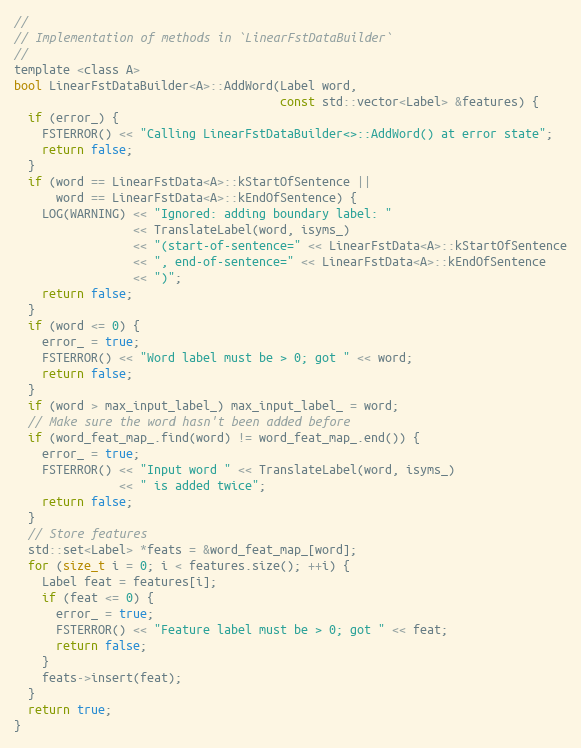
Language: C
//
// Implementation of methods in `LinearFstDataBuilder`
//
template <class A>
bool LinearFstDataBuilder<A>::AddWord(Label word,
                                      const std::vector<Label> &features) {
  if (error_) {
    FSTERROR() << "Calling LinearFstDataBuilder<>::AddWord() at error state";
    return false;
  }
  if (word == LinearFstData<A>::kStartOfSentence ||
      word == LinearFstData<A>::kEndOfSentence) {
    LOG(WARNING) << "Ignored: adding boundary label: "
                 << TranslateLabel(word, isyms_)
                 << "(start-of-sentence=" << LinearFstData<A>::kStartOfSentence
                 << ", end-of-sentence=" << LinearFstData<A>::kEndOfSentence
                 << ")";
    return false;
  }
  if (word <= 0) {
    error_ = true;
    FSTERROR() << "Word label must be > 0; got " << word;
    return false;
  }
  if (word > max_input_label_) max_input_label_ = word;
  // Make sure the word hasn't been added before
  if (word_feat_map_.find(word) != word_feat_map_.end()) {
    error_ = true;
    FSTERROR() << "Input word " << TranslateLabel(word, isyms_)
               << " is added twice";
    return false;
  }
  // Store features
  std::set<Label> *feats = &word_feat_map_[word];
  for (size_t i = 0; i < features.size(); ++i) {
    Label feat = features[i];
    if (feat <= 0) {
      error_ = true;
      FSTERROR() << "Feature label must be > 0; got " << feat;
      return false;
    }
    feats->insert(feat);
  }
  return true;
}